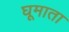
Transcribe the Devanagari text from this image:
घूमाता